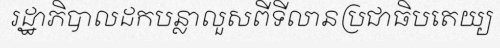
រដ្ឋាភិបាលដកបន្លាលួសពីទីលានប្រជាធិបតេយ្យ